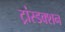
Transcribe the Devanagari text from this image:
ट्रांस्डक्शन